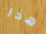
هذا